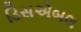
ડિસએબલ